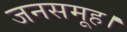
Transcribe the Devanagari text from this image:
जनसमूह।